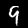
Digit: 9